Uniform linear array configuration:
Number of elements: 8
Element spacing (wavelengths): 0.75
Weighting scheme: binomial
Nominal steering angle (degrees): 0
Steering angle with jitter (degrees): -0.5025
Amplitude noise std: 0.05
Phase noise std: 0.05

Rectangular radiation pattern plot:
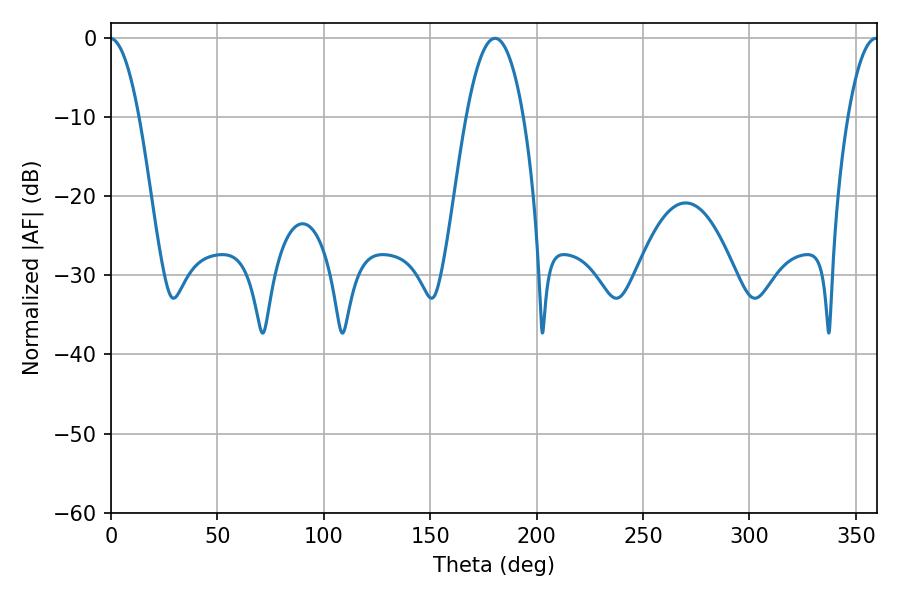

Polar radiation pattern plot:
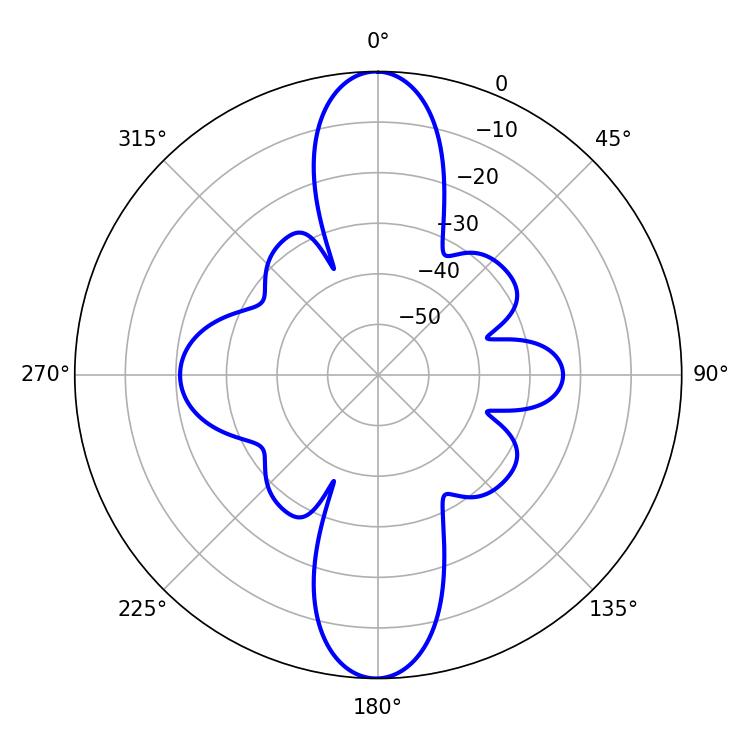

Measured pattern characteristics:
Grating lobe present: TRUE
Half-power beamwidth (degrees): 14.94
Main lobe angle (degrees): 180.54